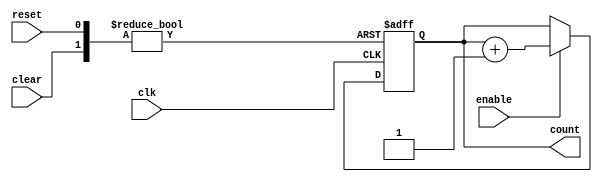
module binary_counter (
    input clk,
    input reset,
    input clear,
    input enable,
    output reg [3:0] count
);

always @ (posedge clk or posedge reset or posedge clear)
begin
    if (reset)
        count <= 4'b0000;
    else if (clear)
        count <= 4'b0000;
    else if (enable)
        count <= count + 1;
end

endmodule